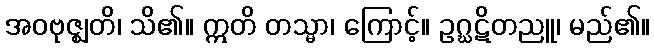
အဝဗုဇ္ဈတိ၊ သိ၏။ ဣတိ တသ္မာ၊ ကြောင့်။ ဥဂ္ဃဋိတညူ၊ မည်၏။